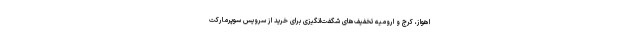
اهواز، کرج و ارومیه تخفیف‌های شگفت‌انگیزی برای خرید از سرویس سوپرمارکت